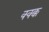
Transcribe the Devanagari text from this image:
क्क्क्क